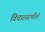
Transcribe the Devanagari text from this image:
विचारसरणींशी